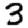
Digit: 3